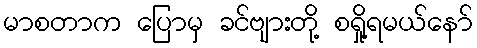
မာစတာက ပြောမှ ခင်ဗျားတို့ စရှို့ရမယ်နော်